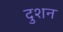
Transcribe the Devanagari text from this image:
दुशन